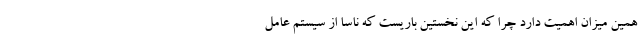
همین میزان اهمیت دارد چرا که این نخستین باریست که ناسا از سیستم عامل